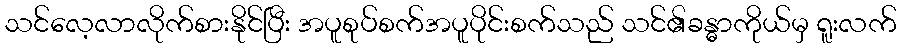
သင်လေ့လာလိုက်စားနိုင်ပြီး အပူစုပ်စက်အပူပိုင်းစက်သည် သင်၏ခန္ဓာကိုယ်မှ ရူးလက်